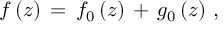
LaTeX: f \, ( z ) \, = \, f _ { 0 } \, ( z ) \, + \, g _ { 0 } \, ( z ) \, \, ,